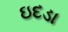
ઇદડા